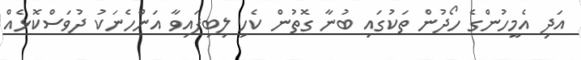
އަދި އެމީހުންގެ ހޯދުން ތަކުގައި ބުނާ ގޮތުން ކެހި ލިބިފައިވާ އަންހެނަކު ދުވަސްކޮޅެއް